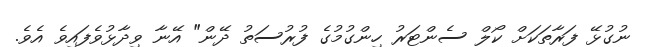
ނުގުޅޭ ފަރާތަކަށް ކޯލް ސެންޓަރު ހިންގުމުގެ ފުރުސަތު ދޭން" އޭނާ ވިދާޅުވެފައިވެ އެވެ.